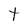
Character: t